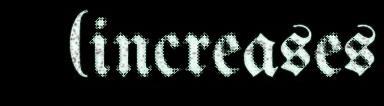
(increases